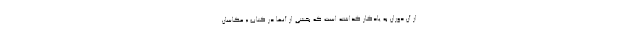
از آن دوران به یادگار گذاشته است که بخشی از آنها در کتاب « عکاسان